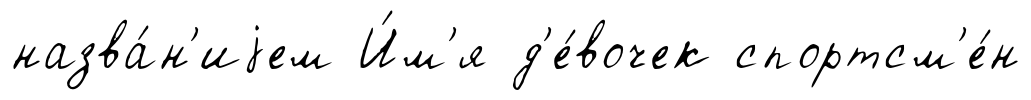
назва́н'иjем И́м'я д'е́вочек спортсм'е́н